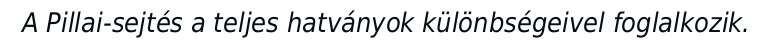
A Pillai-sejtés a teljes hatványok különbségeivel foglalkozik.